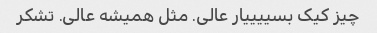
چیز کیک بسییییار عالی. مثل همیشه عالی. تشکر